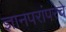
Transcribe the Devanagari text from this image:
ज्ञानपरांपरेचे